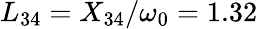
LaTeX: L_{34}=X_{34}/\omega_{0}=1.32